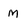
Character: M